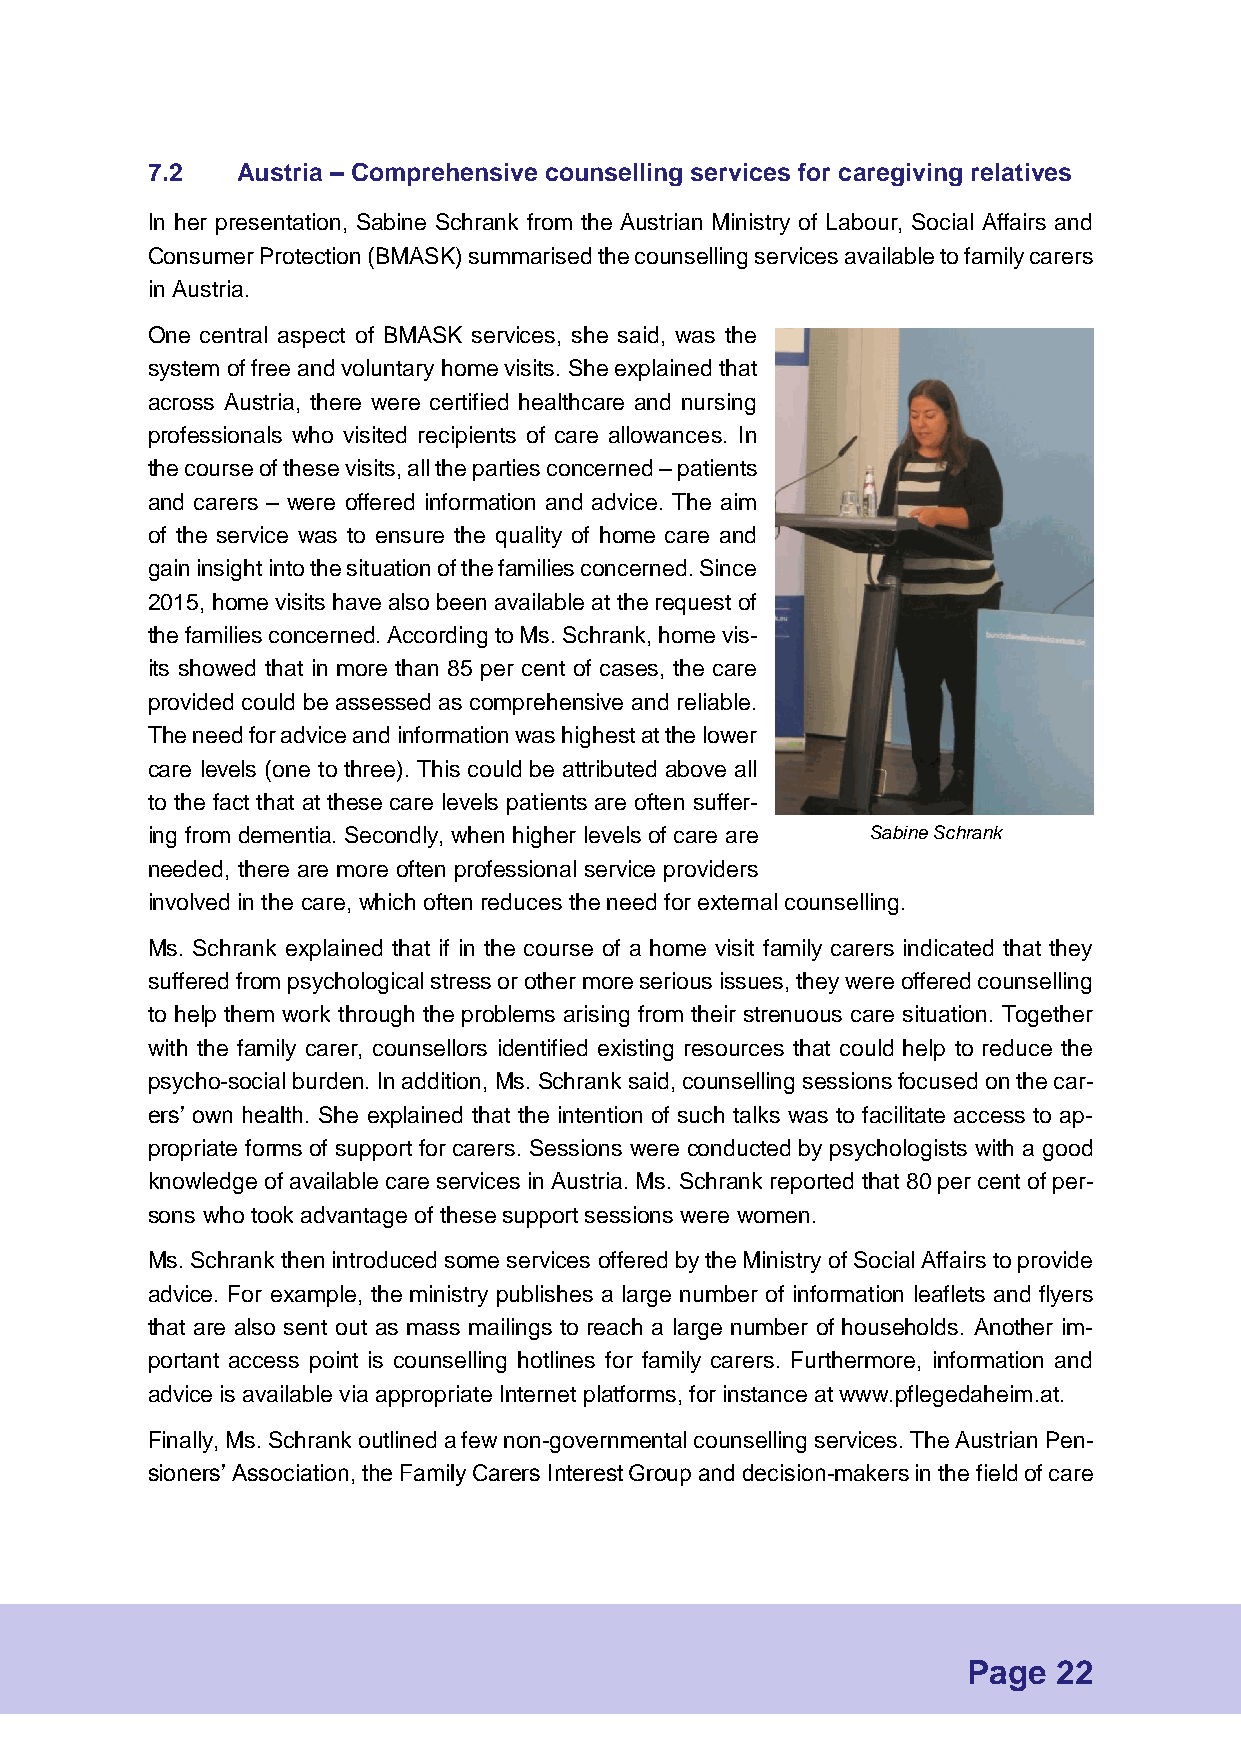
7.2   Austria – Comprehensive counselling services for caregiving relatives
 In her presentation, Sabine Schrank from the Austrian Ministry of Labour, Social Affairs and
 Consumer Protection (BMASK) summarised the counselling services available to family carers
 in Austria.
 One central aspect of BMASK services, she said, was the
 system of free and voluntary home visits. She explained that
 across Austria, there were certified healthcare and nursing
 professionals who visited recipients of care allowances. In
 the course of these visits, all the parties concerned – patients
 and carers – were offered information and advice. The aim
 of the service was to ensure the quality of home care and
 gain insight into the situation of the families concerned. Since
 2015, home visits have also been available at the request of
 the families concerned. According to Ms. Schrank, home vis-
 its showed that in more than 85 per cent of cases, the care
 provided could be assessed as comprehensive and reliable.
 The need for advice and information was highest at the lower
 care levels (one to three). This could be attributed above all
 to the fact that at these care levels patients are often suffer-
 ing from dementia. Secondly, when higher levels of care are Sabine Schrank
 needed, there are more often professional service providers
 involved in the care, which often reduces the need for external counselling.
 Ms. Schrank explained that if in the course of a home visit family carers indicated that they
 suffered from psychological stress or other more serious issues, they were offered counselling
 to help them work through the problems arising from their strenuous care situation. Together
 with the family carer, counsellors identified existing resources that could help to reduce the
 psycho-social burden. In addition, Ms. Schrank said, counselling sessions focused on the car-
 ers’ own health. She explained that the intention of such talks was to facilitate access to ap-
 propriate forms of support for carers. Sessions were conducted by psychologists with a good
 knowledge of available care services in Austria. Ms. Schrank reported that 80 per cent of per-
 sons who took advantage of these support sessions were women.
 Ms. Schrank then introduced some services offered by the Ministry of Social Affairs to provide
 advice. For example, the ministry publishes a large number of information leaflets and flyers
 that are also sent out as mass mailings to reach a large number of households. Another im-
 portant access point is counselling hotlines for family carers. Furthermore, information and
 advice is available via appropriate Internet platforms, for instance at www.pflegedaheim.at.
 Finally, Ms. Schrank outlined a few non-governmental counselling services. The Austrian Pen-
 sioners’ Association, the Family Carers Interest Group and decision-makers in the field of care
 Page  22